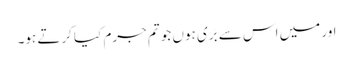
اور میں اس سے بَری ہوں جو تم جرم کیا کرتے ہو۔